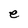
Character: e